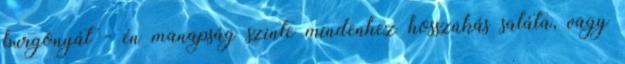
burgonyát - én manapság szinte mindenhez hosszúkás saláta, vagy